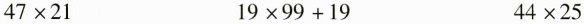
$$47\times21$$ $$19\times99+19$$ $$44\times25$$